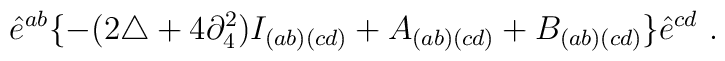
\hat{e}^{ab} \{ -(2\triangle + 4\partial^2_4 )I_{(ab)(cd)}+ A_{(ab)(cd)} + B_{(ab)(cd)} \} \hat{e}^{cd} \ .